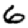
Digit: 6